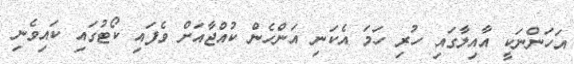
އަހަންނަކީ އާއިލާގައި ހުރި ހަމަ އެކަނި އަންހެން ކުއްޖާއަށް ވެފައި ކޯޓުގައި ކައިވެނި